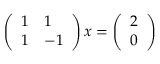
\left( \begin{array} { l l } { 1 } & { 1 } \\ { 1 } & { - 1 } \end{array} \right) x = \left( \begin{array} { l } { 2 } \\ { 0 } \end{array} \right)